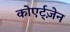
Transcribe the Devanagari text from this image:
कोएर्ट्ज़ेन